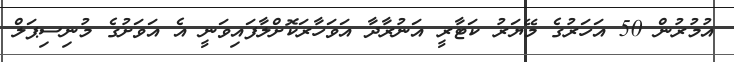
އުމުރުން 50 އަހަރުގެ މޭޔަރު ކަޓާރީ އަނުރާދާ އަވަހާރަކޮށްލާފައިވަނީ އެ އަވަށުގެ މުނިސިޕަލް